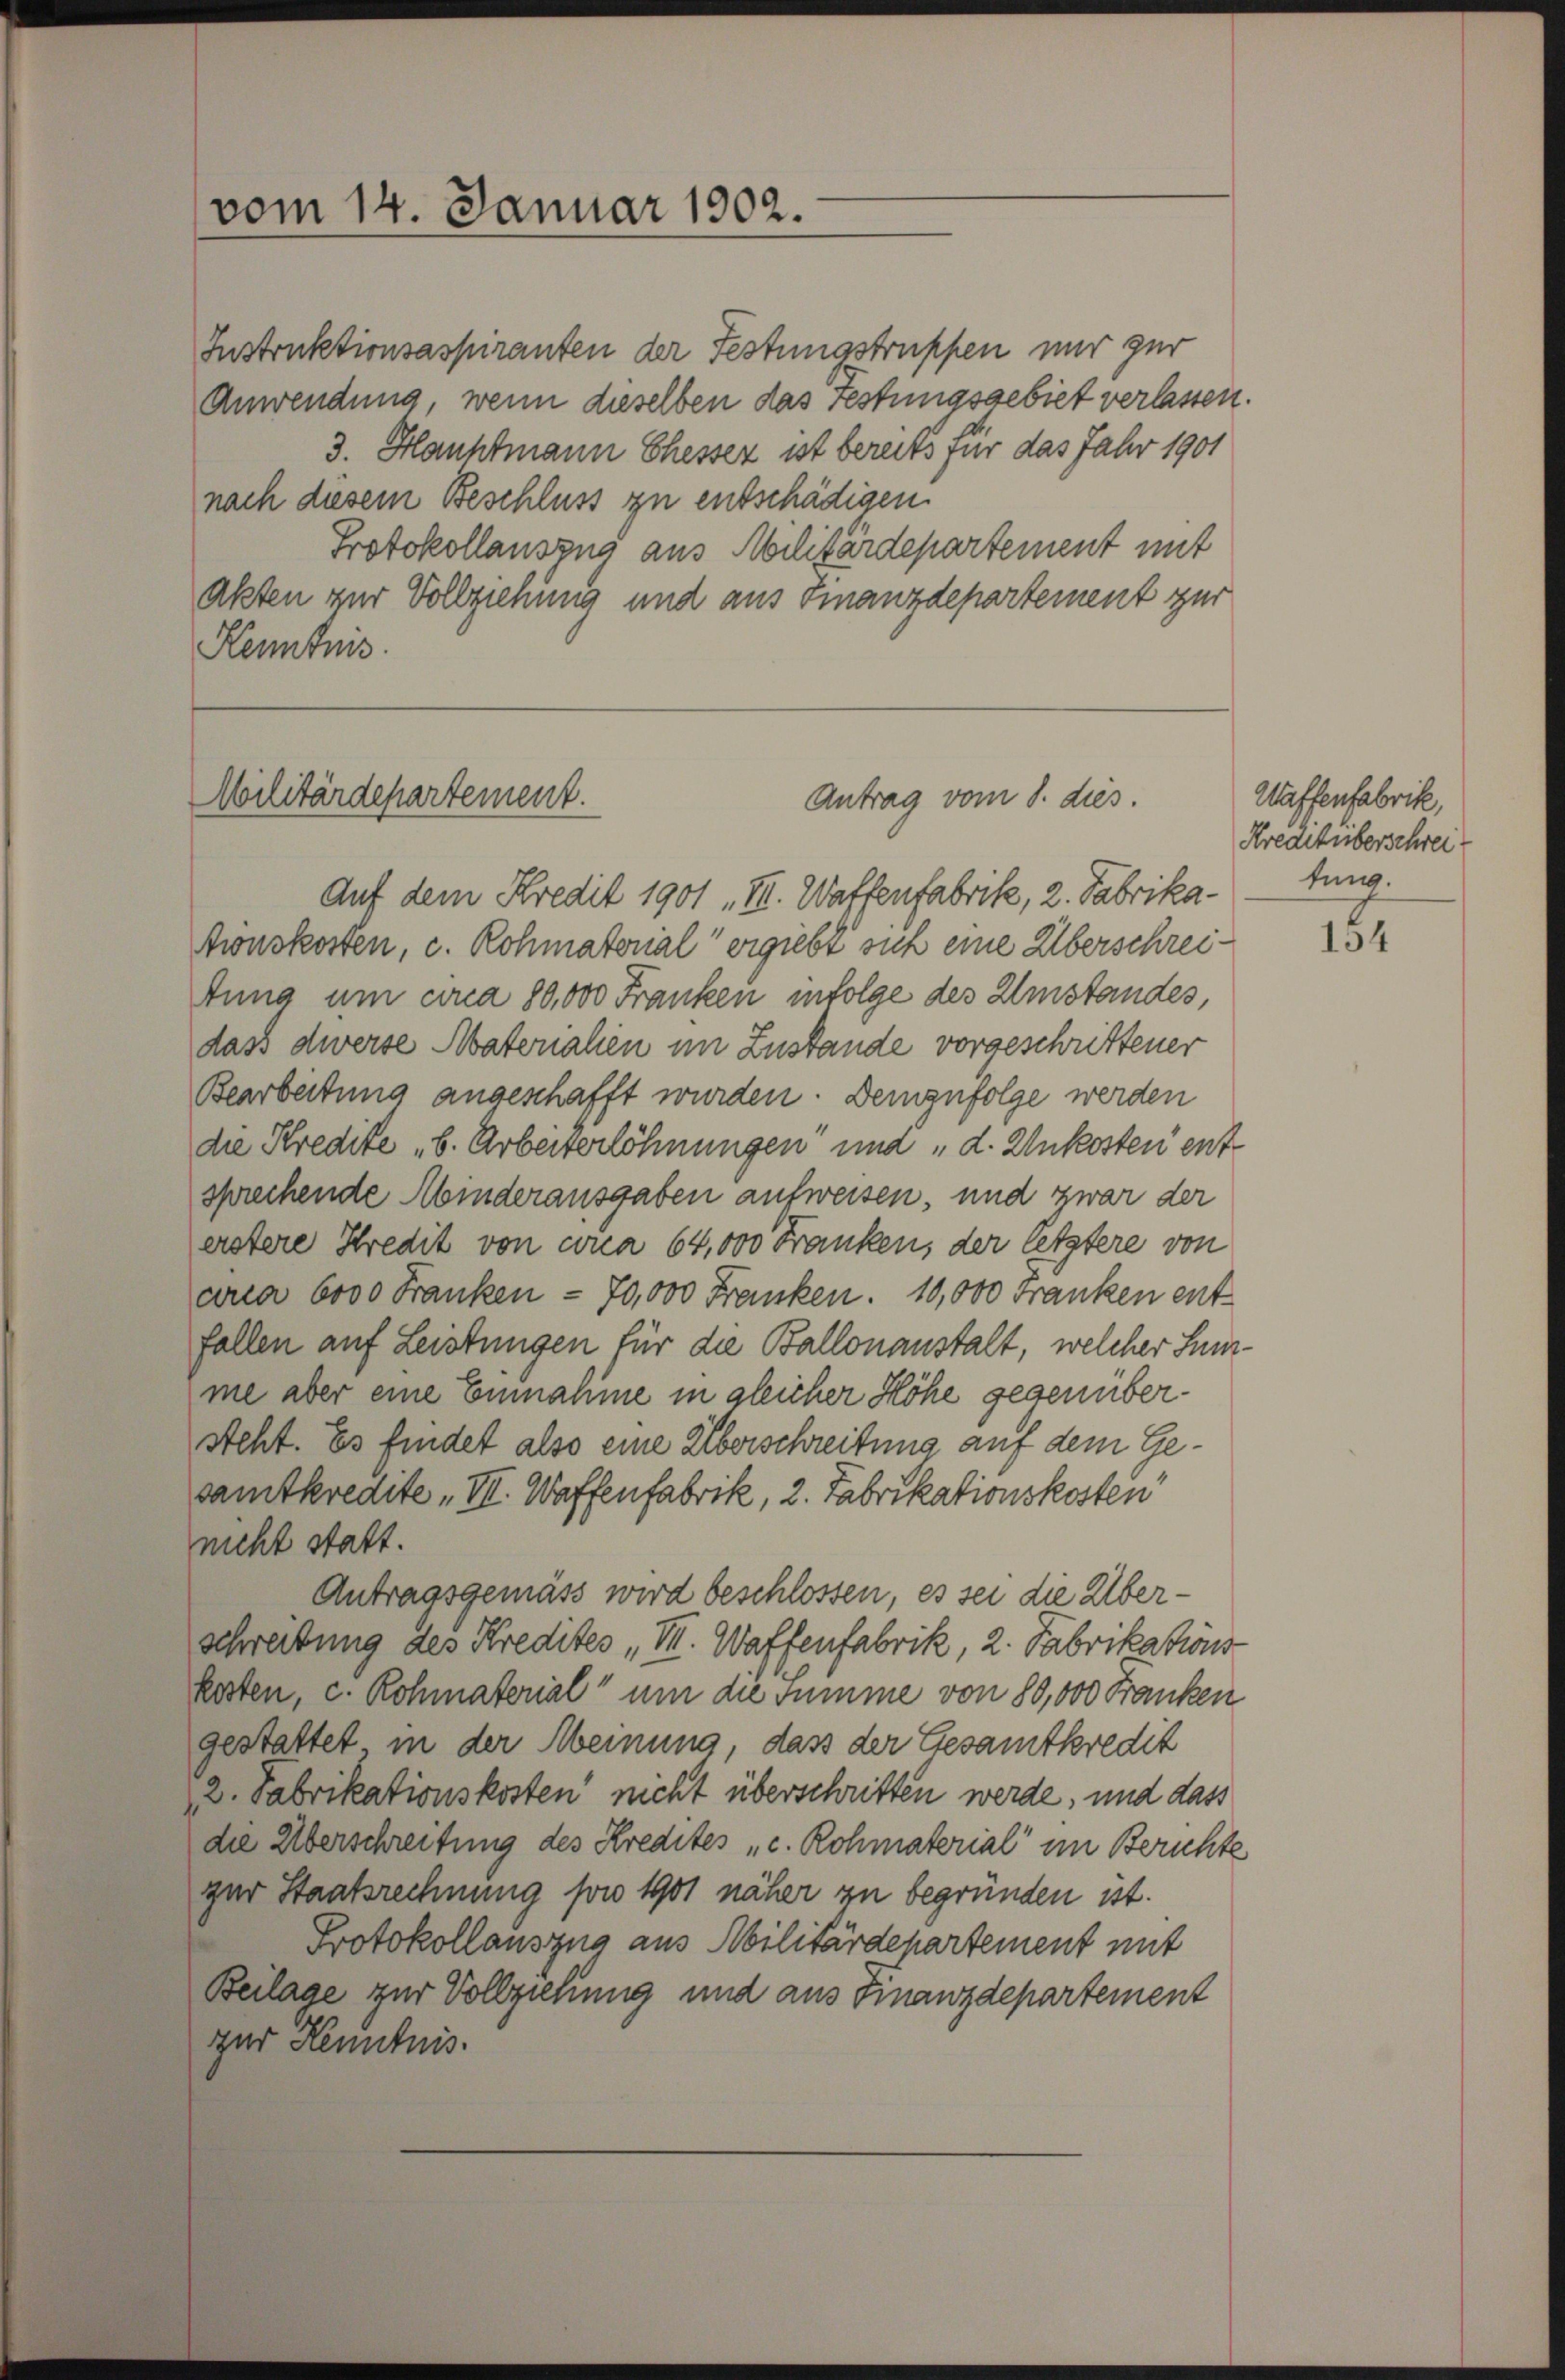
Instruktionsaspiranten der Festungstruppen nur zur
Anwendung, wenn dieselben das Festungsgebiet verlassen.
3. Hauptmann Chesser ist bereits für das Jahr 1901
nach diesem Beschluss zu entschädigen.
Protokollauszug aus Militärdepartement mit
akten zur Vollziehung und aus Finanzdepartement zur
Kenntnis

vom 14. Januar 1902.

Militärdepartement.
Antrag vom 8. dies.

Auf dem Kredit 1901 „VII. Waffenfabrik, 2. Fabrika-
tionskosten, c. Rohmatorial ergiebt sich eine Überschreitung um circa 80,000 Franken infolge des Umstandes,
dass diverse Materialien im Zustande vorgeschrittener
Bearbeitung angeschafft wurden. Demzufolge werden
die Kredite „b. Arbeiterlöhnungen und „d. Unkosten entsprechende Abinderausgaben aufweisen, und zwar der
erstere Kredit von circa 64,000 Franken, der letztere von
arca 6000 Franken - 70,000 Franken. 10,000 Franken entfallen auf Leistungen für die Ballonanstalt, welcher Summe aber eine Einnahme in gleicher Höhe gegenübersteht. Es findet also eine Überschreitung auf dem Gesamtkredite „VII. Waffenfabrik, 2. Fabrikationskosten
nicht statt.
Antragsgemäss wird beschlossen, es sei die Überschreibung des Kredites, VII. Waffenfabrik, 2. Fabrikations
kosten, c. Rohmaterial um die Summe von 80,000 Franken
gestattet in der Meinung, dass der Gesamtkredit
2. Fabrikationskosten nicht überschritten werde, und dass
die Überschreitung des Kredites „c. Rohmaterial im Berichte
zur Staatsrechnung son 1901 näher zu begründen ist.
Protokollauszug aus Militärdepartement mit
Beilage zur Vollziehung und aus Finanzdepartement
zur Kenntnis.

Waffenfabrik,
Kreatüberschrei
tung.

184